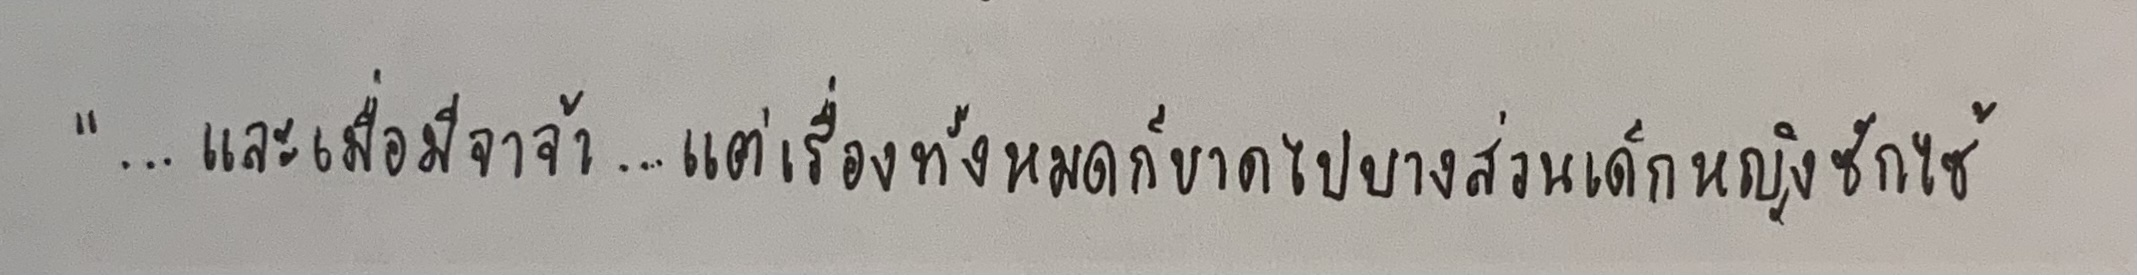
"...และเมื่อมีจาจ้า...แต่เรื่องทั้งหมดก็ขาดไปบางส่วนเด็กหญิงซักไซ้